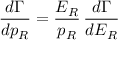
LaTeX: \frac { d \Gamma } { d p _ { R } } = \frac { E _ { R } } { p _ { R } } \, \frac { d \Gamma } { d E _ { R } }